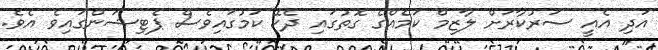
އަދި އެއީ ސަރުކާރަށް ލާޒިމް ކަމެއްގެ ގޮތުގައި ދެކޭ ކަމުގައިވެސް ޕެޓިޝަންގައިވެ އެވެ.